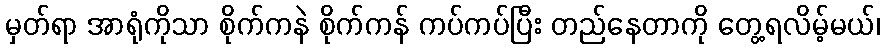
မှတ်ရာ အာရုံကိုသာ စိုက်ကနဲ စိုက်ကန် ကပ်ကပ်ပြီး တည်နေတာကို တွေ့ရလိမ့်မယ်၊